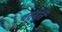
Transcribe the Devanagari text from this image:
चतुमूर्ति